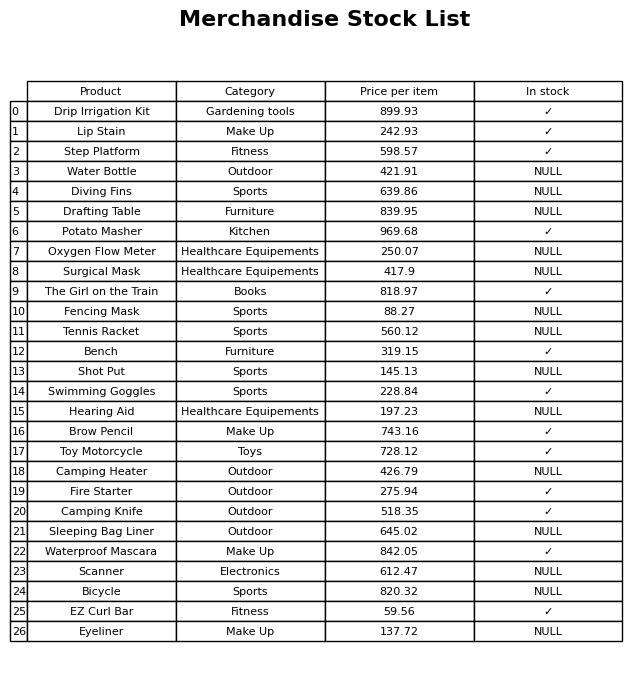
question: What is the price of the Camping Heater?
answer: The price of Camping Heater is 426.79.